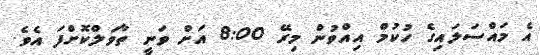
އެ މައްސަލައިގެ ހުކުމް އިއްވުން މިރޭ 8:00 އަށް ވަނީ ތާވަލްކޮށްފަ އެވެ.